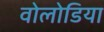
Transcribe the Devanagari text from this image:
वोलोडिया